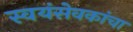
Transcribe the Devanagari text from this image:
स्वयंसेवकांचा